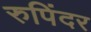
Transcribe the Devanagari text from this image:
रुपिंदर